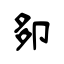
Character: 卶